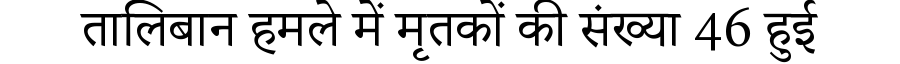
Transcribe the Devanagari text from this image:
तालिबान हमले में मृतकों की संख्या 46 हुई